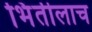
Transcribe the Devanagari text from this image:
भिंतीलाच